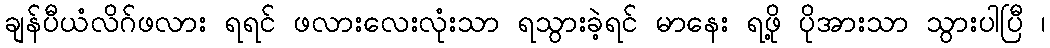
ချန်ပီယံလိဂ်ဖလား ရရင် ဖလားလေးလုံးသာ ရသွားခဲ့ရင် မာနေး ရဖို့ ပိုအားသာ သွားပါပြီ ၊